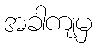
အခါကျမှ